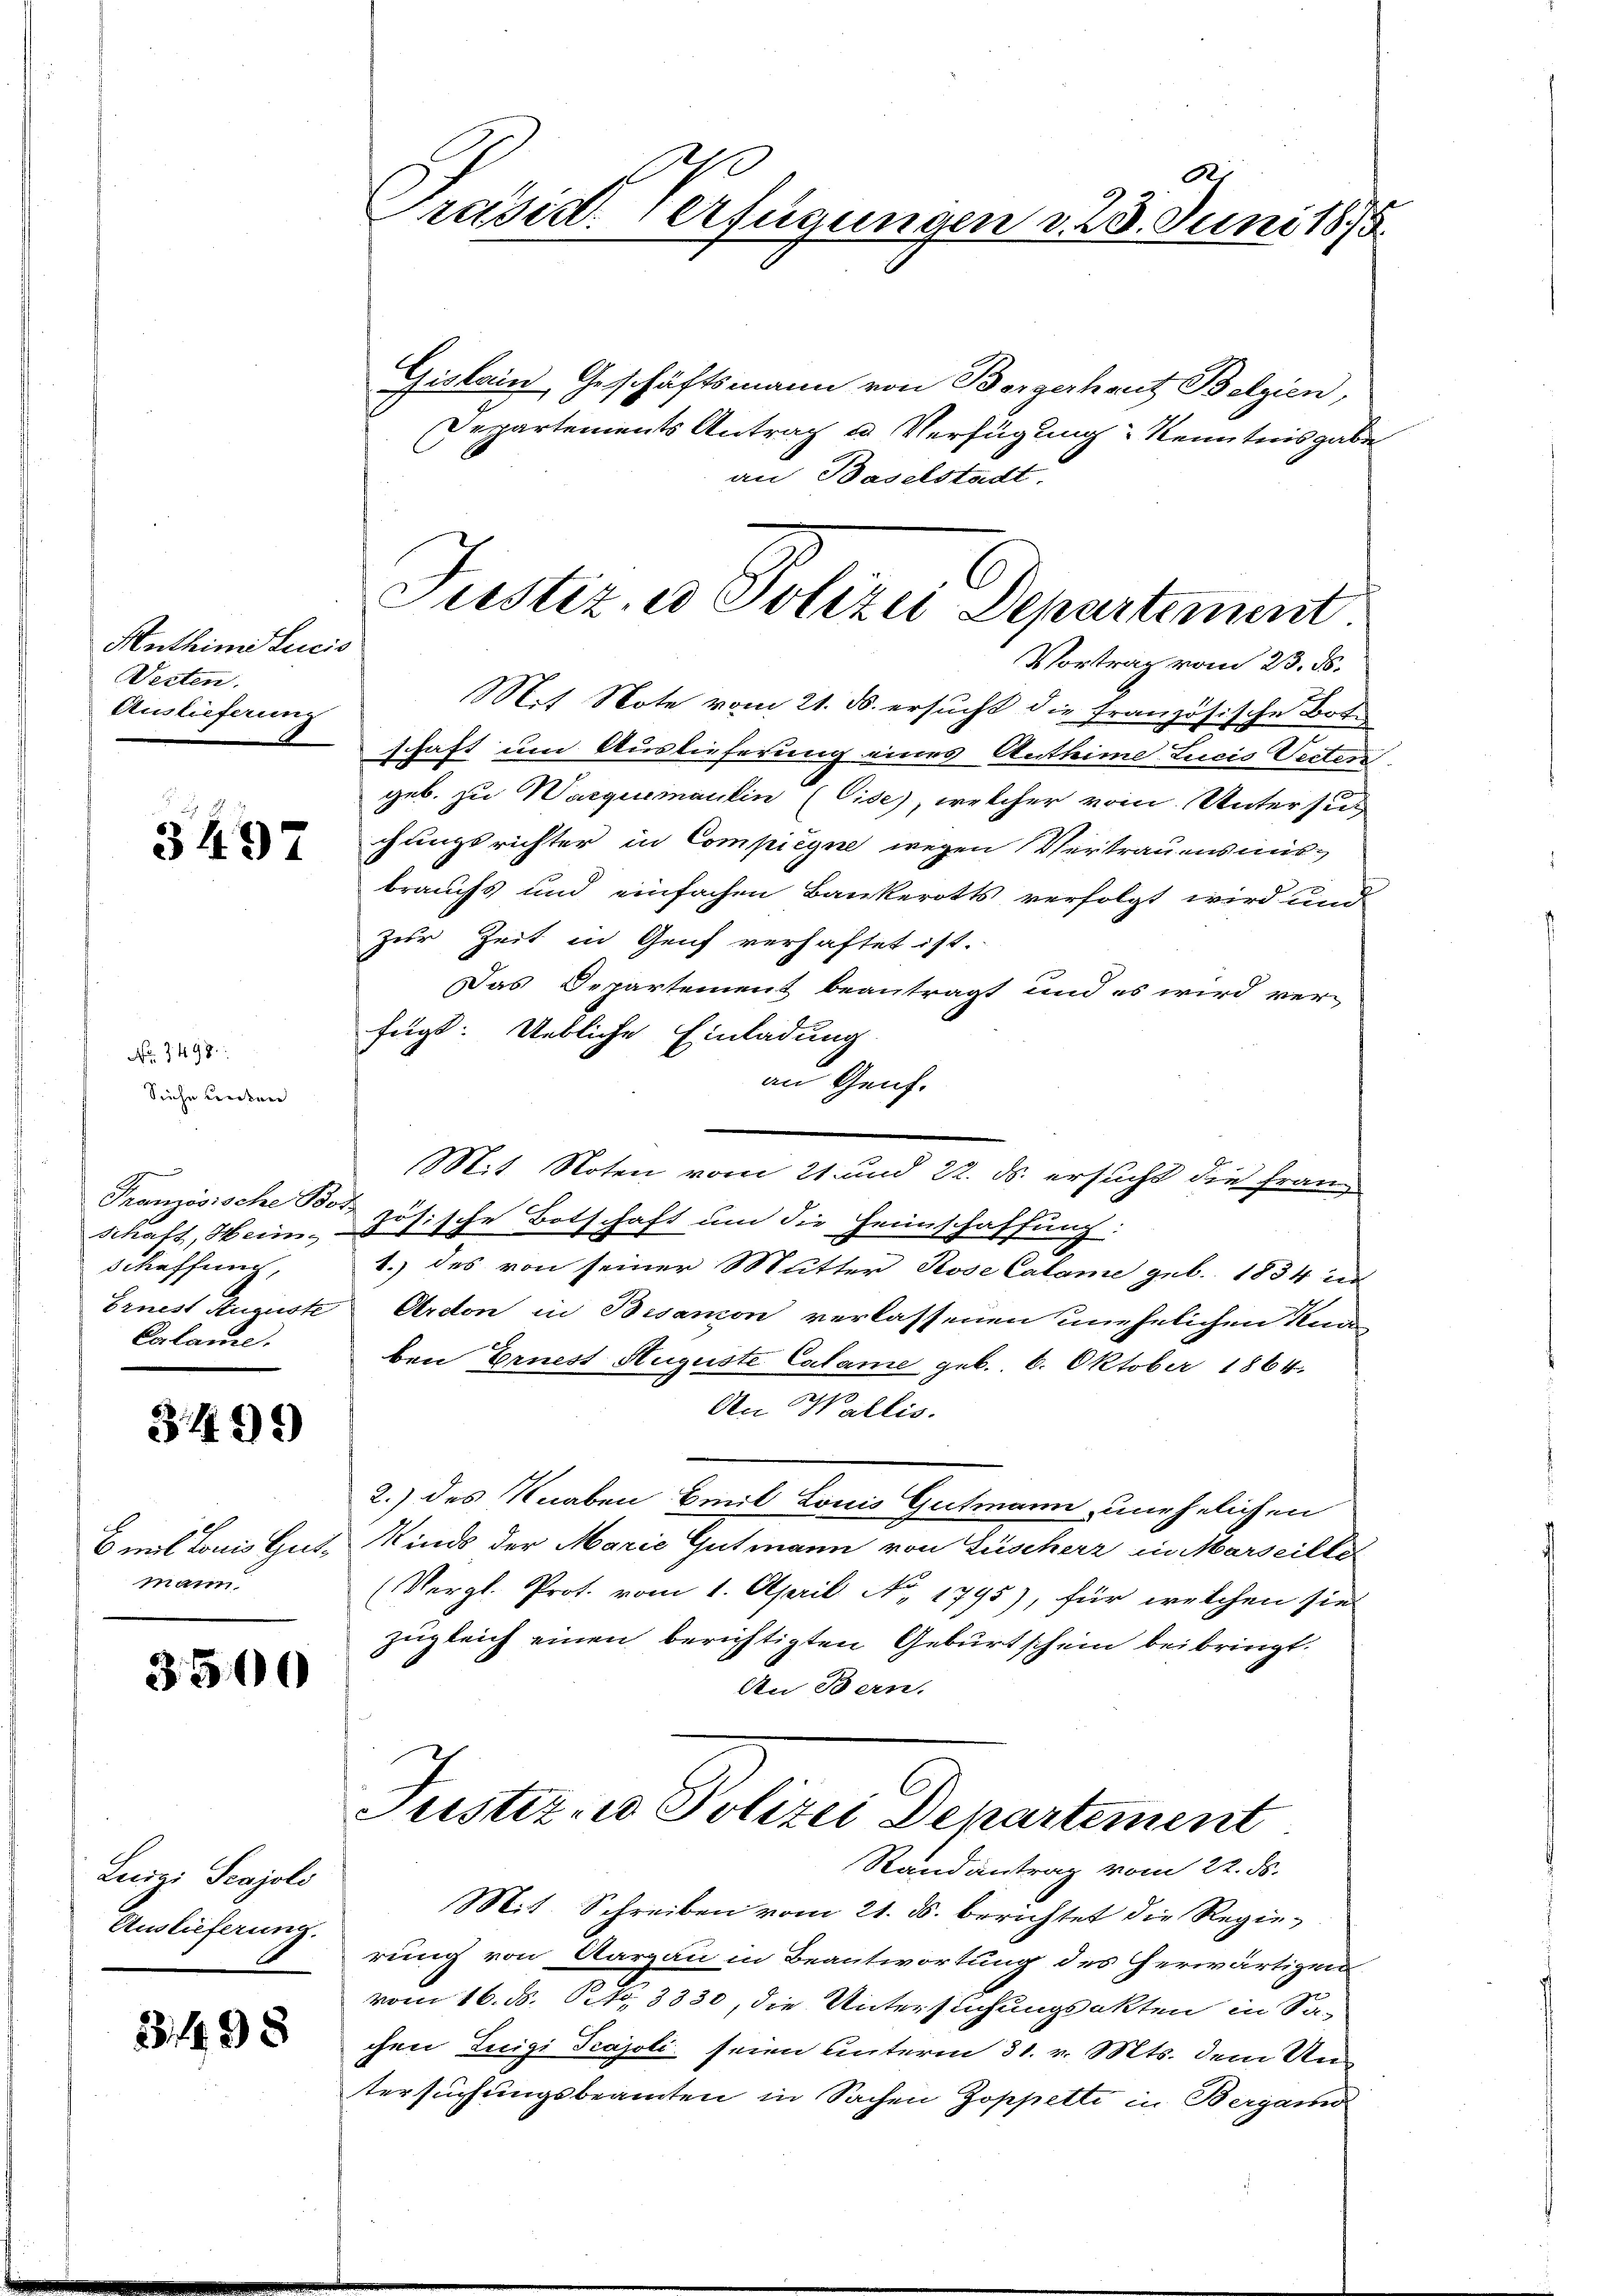
Anthin Lucio
Werten.
Auslieferung

3497

Siehe unten

No. 1498:

Französische Bo
Schaft, Heim, t
schaffung,
Ernest Auguste
Calame.

3499

mal konis Gutmann

3500

Luigi Scajoli
Auslieferung.

3 f 9 x

.
räsid. Verfügungen d. 23. Juni 1875.

Giskain Geschäftsmann von Bergerhaut Belgien,
Departements Antrag u. Verfügung Kenntnisgabe
an Baselstadt.
Vortrag vom 23. ds.
M.t Note vom 21. ds. ersucht die französische Botschaft um Auslieferung eines Antheime Lucis Secten
geb. zu Warquemaulin (Cise), welcher vom Untersuc
chungsrichter in Compiegne wegen Vertrauensmisbrauchs und einfachen Bankerotts verfolgt wird und
Zur Zeit in Genf verhaftet ist.
Das Departement beantragt und es wird ver-
fügt: Uebliche Einladung
an Genf.
Mit Noten vom 21. und 22. ds. ersucht die Franz
i
Got.
ische Botschaft um die Heimschaffung:
1.) des von seiner Mutter Rose Calame geb. 1834 un
Arcton in Bisamon verlassenen unehelichen Kna
ben Ernest Auguste Calame geb. 6. Oktober 1864.
An Wallis.
2.) des Knaben Emil Louis Gutmann unehelichen
Kinds der Marie Gutmann von Füscherz in Marseille
(Vergl. Prof. vom 1. April No 1795), für welchen sie
zugleich einen berichtigten Geburtschein beibringt.
An Bern.
Justiz- & Polizei Departement
Randantrag vom 22. ds.
Mit Schreiben vom 21. ds. berichtet die Regierung von Aargau in Beantwortung des herwärtigen
vom 16. ds. Petr. 3330, die Unterstichungsakten in Sa-
chen Luigi Prajoli seien unterm 31. v. Mts. dem Un
tersuchungsbeamten in Sachen Zoppetti in Bergamo

Justiz, es Polizei Departement.